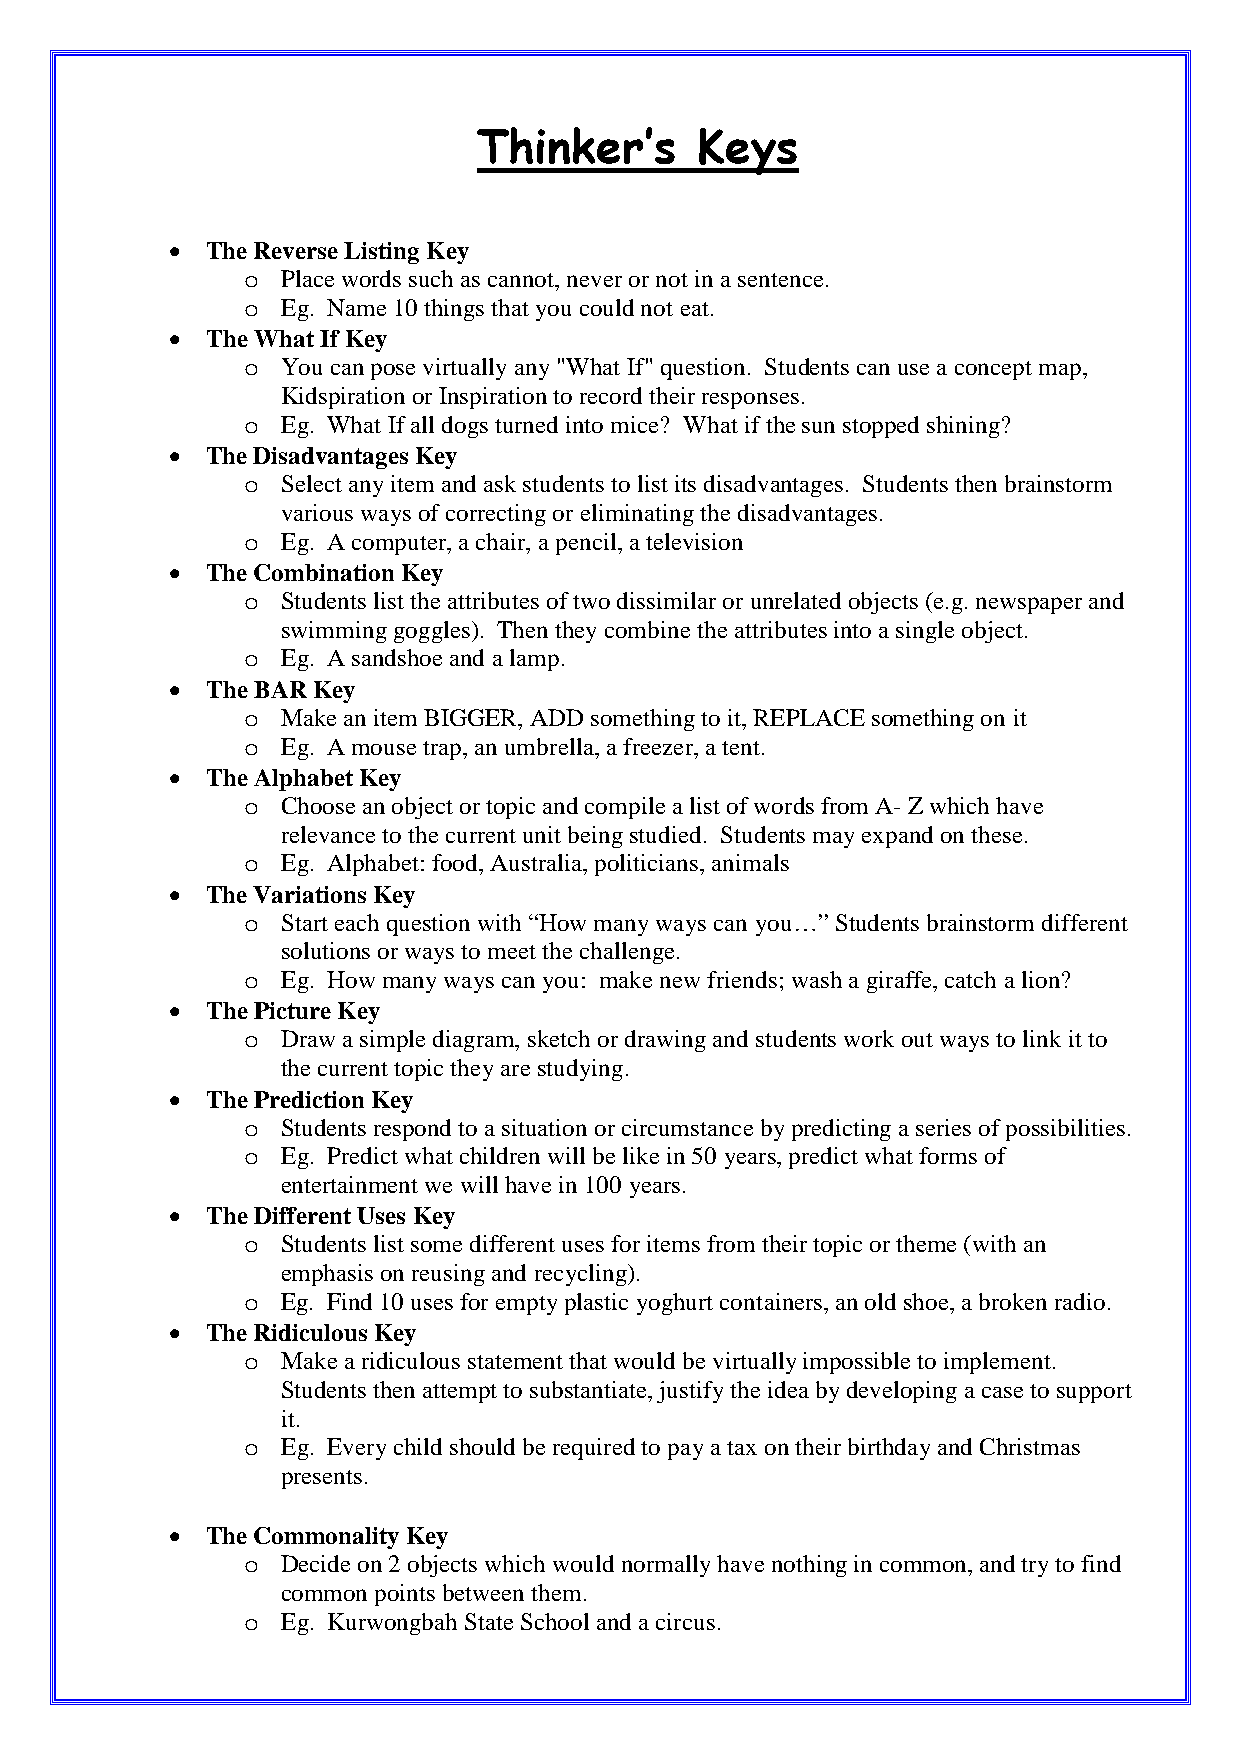
Thinker’s     Keys
 •  The Reverse Listing Key
 o  Place words such as cannot, never or not in a sentence.
 o  Eg. Name 10 things that you could not eat.
 •  The What If Key
 o  You can pose virtually any "What If" question. Students can use a concept map,
 Kidspiration or Inspiration to record their responses.
 o  Eg. What If all dogs turned into mice? What if the sun stopped shining?
 •  The Disadvantages Key
 o  Select any item and ask students to list its disadvantages. Students then brainstorm
 various ways of correcting or eliminating the disadvantages.
 o  Eg. A computer, a chair, a pencil, a television
 •  The Combination Key
 o  Students list the attributes of two dissimilar or unrelated objects (e.g. newspaper and
 swimming goggles). Then they combine the attributes into a single object.
 o  Eg. A sandshoe and a lamp.
 •  The BAR Key
 o  Make an item BIGGER, ADD something to it, REPLACE something on it
 o  Eg. A mouse trap, an umbrella, a freezer, a tent.
 •  The Alphabet Key
 o  Choose an object or topic and compile a list of words from A- Z which have
 relevance to the current unit being studied. Students may expand on these.
 o  Eg. Alphabet: food, Australia, politicians, animals
 •  The Variations Key
 o  Start each question with “How many ways can you…” Students brainstorm different
 solutions or ways to meet the challenge.
 o  Eg. How many ways can you: make new friends; wash a giraffe, catch a lion?
 •  The Picture Key
 o  Draw a simple diagram, sketch or drawing and students work out ways to link it to
 the current topic they are studying.
 •  The Prediction Key
 o  Students respond to a situation or circumstance by predicting a series of possibilities.
 o  Eg. Predict what children will be like in 50 years, predict what forms of
 entertainment we will have in 100 years.
 •  The Different Uses Key
 o  Students list some different uses for items from their topic or theme (with an
 emphasis on reusing and recycling).
 o  Eg. Find 10 uses for empty plastic yoghurt containers, an old shoe, a broken radio.
 •  The Ridiculous Key
 o  Make a ridiculous statement that would be virtually impossible to implement.
 Students then attempt to substantiate, justify the idea by developing a case to support
 it.
 o  Eg. Every child should be required to pay a tax on their birthday and Christmas
 presents.
 •  The Commonality Key
 o  Decide on 2 objects which would normally have nothing in common, and try to find
 common points between them.
 o  Eg. Kurwongbah State School and a circus.